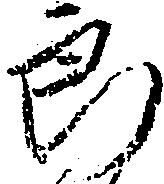
郎